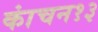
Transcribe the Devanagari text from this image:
कांचन१३